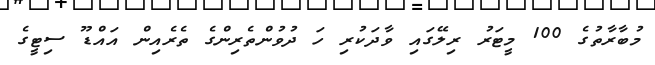
މުބާރާތުގެ 100 މީޓަރު ރިލޭގައި ވާދަކުރި ހަ ދުވުންތެރިންގެ ތެރެއިން އައްޑޫ ސިޓީގެ